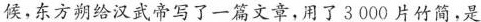
候，东方朔给汉武帝写了一篇文章，用了3000片竹简，是